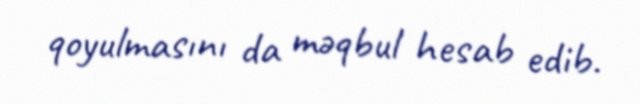
qoyulmasını da məqbul hesab edib.